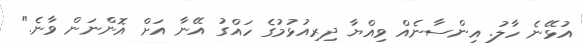
އުޅޭނެ ހާލު. އިންސާނެއް ވިއްޔާ ދިރިއުޅުމުގެ ހައްގު އޭނާ އަށް އޮންނަން ވާނެ."